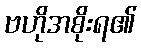
ဗဟိုအစိုးရ၏